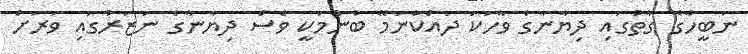
ނަބީހާގެ ގާތުގައި ދިޔާނާގެ ވާހަކަ ދައްކާނަމޭ ބުނުމަކީ ވެސް ދިޔާނާގެ ނަޒަރުގައި ވަރަށް